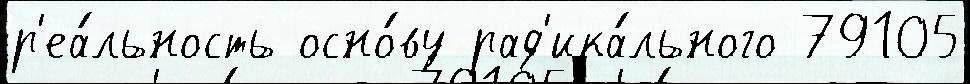
р'еа́льность осно́ву рад'ика́льного 79105